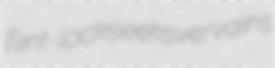
flint-lock seeks vervains